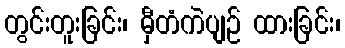
တွင်းတူးခြင်း၊ မှီတံကဲပျဉ် ထားခြင်း၊